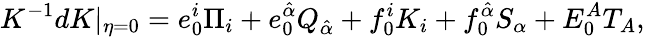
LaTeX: K^{-1}dK|_{\eta=0}=e_{0}^{i}\Pi_{i}+e_{0}^{\hat{\alpha}}Q_{\hat{\alpha}}+f_{0}^{i}K_{i}+f_{0}^{\hat{\alpha}}S_{\alpha}+E_{0}^{A}T_{A},